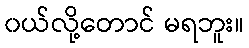
၀ယ်လို့တောင် မရဘူး။